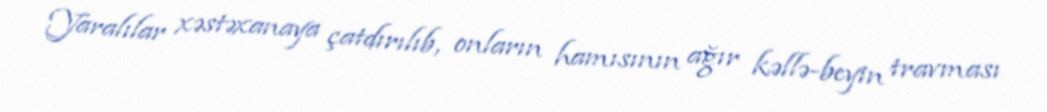
Yaralılar xəstəxanaya çatdırılıb, onların hamısının ağır kəllə-beyin travması